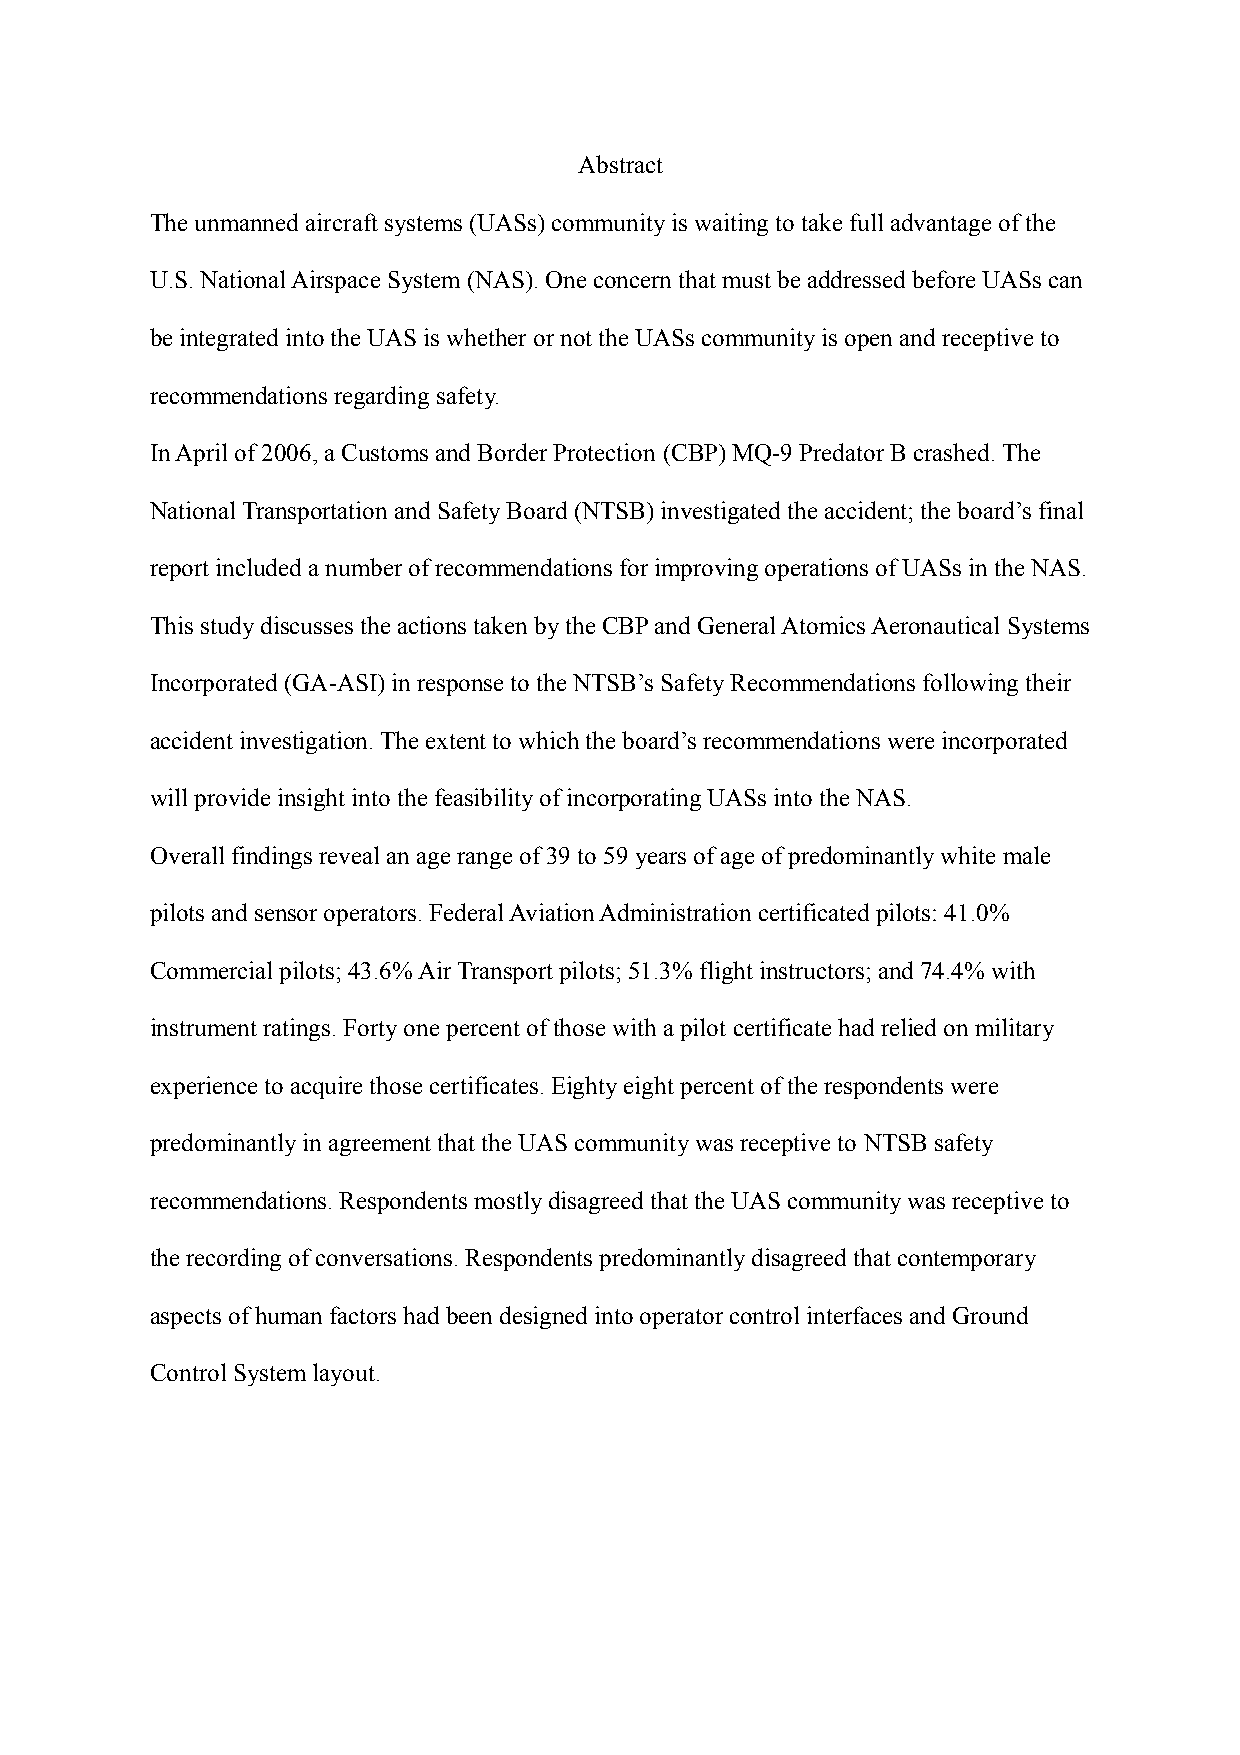
Abstract
 The unmanned aircraft systems (UASs) community is waiting to take full advantage of the
 U.S. National Airspace System (NAS). One concern that must be addressed before UASs can
 be integrated into the UAS is whether or not the UASs community is open and receptive to
 recommendations regarding safety.
 In April of 2006, a Customs and Border Protection (CBP) MQ-9 Predator B crashed. The
 National Transportation and Safety Board (NTSB) investigated the accident; the board’s final
 report included a number of recommendations for improving operations of UASs in the NAS.
 This study discusses the actions taken by the CBP and General Atomics Aeronautical Systems
 Incorporated (GA-ASI) in response to the NTSB’s Safety Recommendations following their
 accident investigation. The extent to which the board’s recommendations were incorporated
 will provide insight into the feasibility of incorporating UASs into the NAS.
 Overall findings reveal an age range of 39 to 59 years of age of predominantly white male
 pilots and sensor operators. Federal Aviation Administration certificated pilots: 41.0%
 Commercial pilots; 43.6% Air Transport pilots; 51.3% flight instructors; and 74.4% with
 instrument ratings. Forty one percent of those with a pilot certificate had relied on military
 experience to acquire those certificates. Eighty eight percent of the respondents were
 predominantly in agreement that the UAS community was receptive to NTSB safety
 recommendations. Respondents mostly disagreed that the UAS community was receptive to
 the recording of conversations. Respondents predominantly disagreed that contemporary
 aspects of human factors had been designed into operator control interfaces and Ground
 Control System layout.